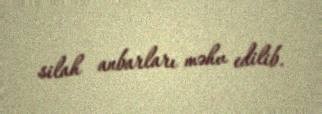
silah anbarları məhv edilib.